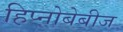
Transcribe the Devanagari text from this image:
हिप्नोबेबीज